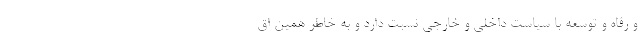
و رفاه و توسعه با سیاست داخلی و خارجی نسبت دارد و به خاطر همین اق